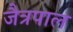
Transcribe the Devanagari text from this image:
जैत्रपाल